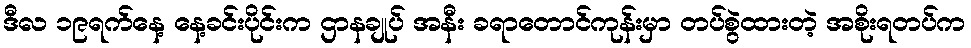
ဒီလ ၁၉ရက်နေ့ နေ့ခင်းပိုင်းက ဌာနချုပ် အနီး ခရာတောင်ကုန်းမှာ တပ်စွဲထားတဲ့ အစိုးရတပ်က